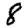
Digit: 8